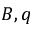
B , q